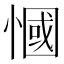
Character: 慖